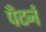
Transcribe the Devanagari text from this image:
पँटर्न